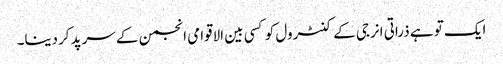
ایک تو ہے ذراتی انرجی کے کنٹرول کو کسی بین الاقوامی انجمن کے سرپد کردینا۔